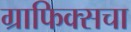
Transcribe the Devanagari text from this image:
ग्राफिक्सचा